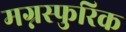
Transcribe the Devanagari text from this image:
मग्नस्फुरिक